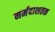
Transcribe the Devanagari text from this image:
नर्मदाशतक